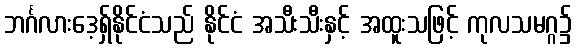
ဘင်္ဂလားဒေ့ရှ်နိုင်ငံသည် နိုင်ငံ အသီးသီးနှင့် အထူးသဖြင့် ကုလသမဂ္ဂ၌